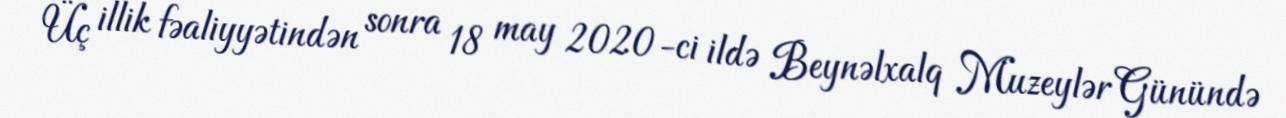
Üç illik fəaliyyətindən sonra 18 may 2020-ci ildə Beynəlxalq Muzeylər Günündə